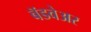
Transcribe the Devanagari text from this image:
बॅडवेअर